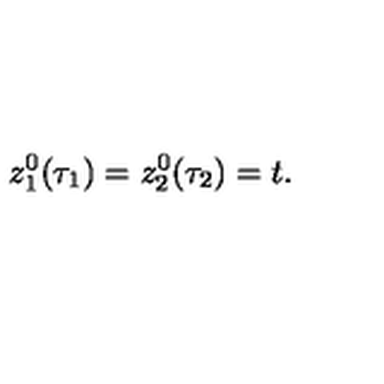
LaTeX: z _ { 1 } ^ { 0 } ( \tau _ { 1 } ) = z _ { 2 } ^ { 0 } ( \tau _ { 2 } ) = t .